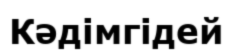
Кәдімгідей